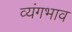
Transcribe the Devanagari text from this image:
व्यंगभाव